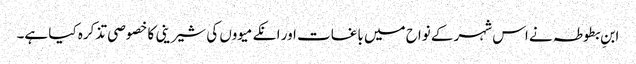
ابنِ بطوطہ نے اس شہر کے نواح میں باغات اور انکے میووں کی شیرینی کا خصوصی تذکرہ کیا ہے۔